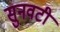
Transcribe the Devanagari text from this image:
सुनवटी